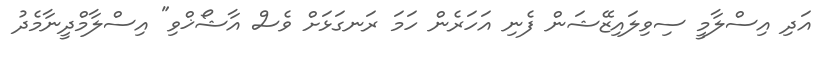
އަދި އިސްލާމީ ސިވިލައިޒޭޝަން ފެނި އަހަރެން ހަމަ ރަނގަޅަށް ވެސް އާޝޯޚްވި" އިސްލާމްދީނާމެދު